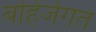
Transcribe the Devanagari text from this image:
बहिर्जगत